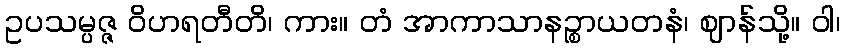
ဥပသမ္ပဇ္ဇ ဝိဟရတီတိ၊ ကား။ တံ အာကာသာနဉ္စာယတနံ၊ ဈာန်သို့။ ဝါ၊